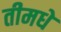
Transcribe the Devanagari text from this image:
तीमधे